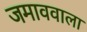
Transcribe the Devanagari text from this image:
जमाववाला